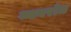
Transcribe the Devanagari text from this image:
व्यवरोध